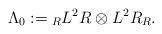
LaTeX: \begin{align*}\Lambda_0:={\sb{R}L^2R} \otimes L^2R_R.\end{align*}